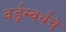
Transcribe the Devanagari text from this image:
वर्ड्‌स्वर्थचे